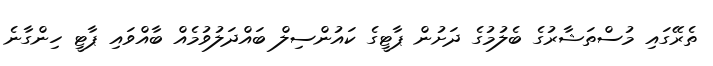
ތެރޭގައި މުސްތަޝާރުގެ ބެލުމުގެ ދަށުން ޕާޓީގެ ކައުންސިލް ބައްދަލުވުމެއް ބާއްވައި ޕާޓީ ހިންގާނެ